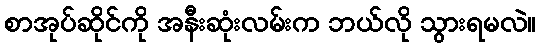
စာအုပ်ဆိုင်ကို အနီးဆုံးလမ်းက ဘယ်လို သွားရမလဲ။